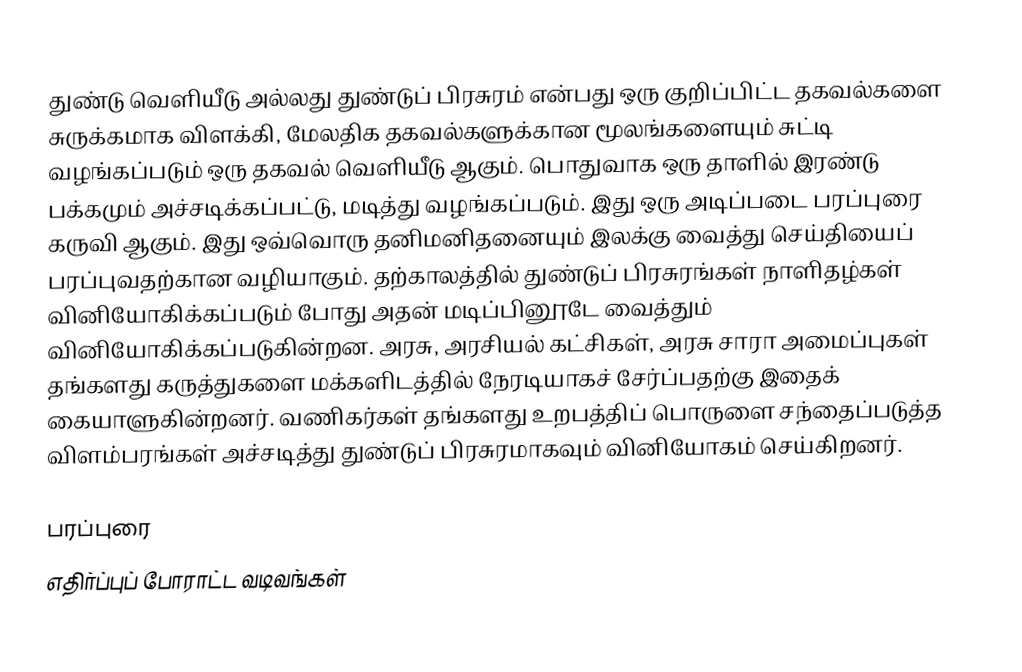
துண்டு வெளியீடு அல்லது துண்டுப் பிரசுரம் என்பது ஒரு குறிப்பிட்ட தகவல்களை சுருக்கமாக விளக்கி, மேலதிக தகவல்களுக்கான மூலங்களையும் சுட்டி வழங்கப்படும் ஒரு தகவல் வெளியீடு ஆகும்.  பொதுவாக ஒரு தாளில் இரண்டு பக்கமும் அச்சடிக்கப்பட்டு, மடித்து வழங்கப்படும்.  இது ஒரு அடிப்படை பரப்புரை கருவி ஆகும்.  இது ஒவ்வொரு தனிமனிதனையும் இலக்கு வைத்து செய்தியைப் பரப்புவதற்கான வழியாகும். தற்காலத்தில் துண்டுப் பிரசுரங்கள் நாளிதழ்கள் வினியோகிக்கப்படும் போது அதன் மடிப்பினூடே வைத்தும் வினியோகிக்கப்படுகின்றன. அரசு, அரசியல் கட்சிகள், அரசு சாரா அமைப்புகள் தங்களது கருத்துகளை மக்களிடத்தில் நேரடியாகச் சேர்ப்பதற்கு இதைக் கையாளுகின்றனர். வணிகர்கள் தங்களது உறபத்திப் பொருளை சந்தைப்படுத்த விளம்பரங்கள் அச்சடித்து துண்டுப் பிரசுரமாகவும் வினியோகம் செய்கிறனர்.

பரப்புரை
எதிர்ப்புப் போராட்ட வடிவங்கள்